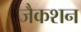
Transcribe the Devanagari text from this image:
जैकशन